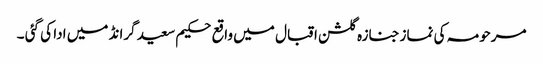
مرحومہ کی نمازجنازہ گلشن اقبال میں واقع حکیم سعید گرانڈ میں ادا کی گئی ۔